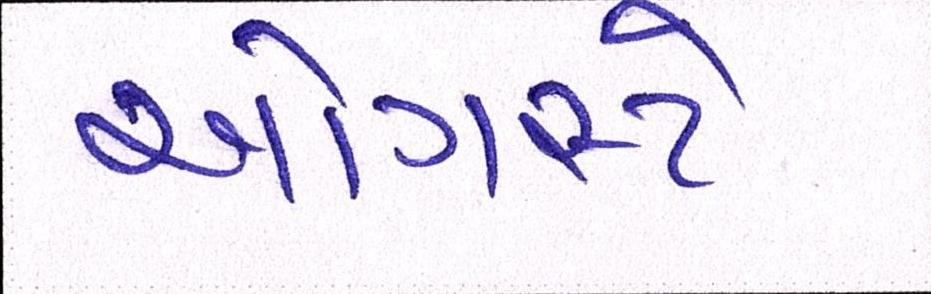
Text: ઓગસ્ટે